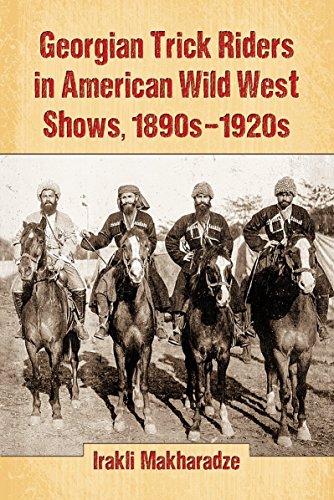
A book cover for Georgian Trick Riders in American Wild West Shows, 1890s-1920s; Irakli Makharadze; Sports & Outdoors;